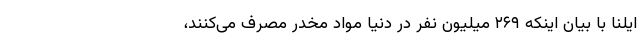
ایلنا با بیان اینکه ۲۶۹ میلیون نفر در دنیا مواد مخدر مصرف می‌کنند،